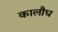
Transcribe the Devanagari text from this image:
कालौघ